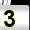
Digit: 3